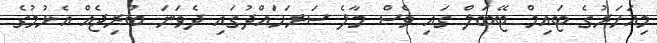
މިއަހަރުގެ ޓައިމް ޓޭބަލް ގައި ވެސް މާލެ ސަރަހައްދުގައި ދެވަނަ ބްރިޖެއް އެޅުމުގެ